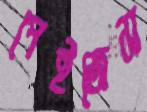
পেইজেস